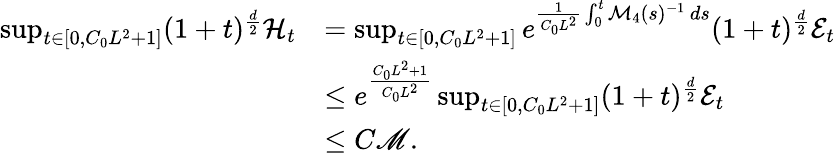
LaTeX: \begin{array}{rl}{\operatorname*{sup}_{t\in[0,C_{0}L^{2}+1]}(1+t)^{\frac{d}{2}}\mathcal{H}_{t}}&{=\operatorname*{sup}_{t\in[0,C_{0}L^{2}+1]}e^{\frac{1}{C_{0}L^{2}}\int_{0}^{t}\mathcal{M}_{4}(s)^{-1}\, ds}(1+t)^{\frac{d}{2}}\mathcal{E}_{t}}\\ &{\leq e^{\frac{C_{0}L^{2}+1}{C_{0}L^{2}}}\operatorname*{sup}_{t\in[0,C_{0}L^{2}+1]}(1+t)^{\frac{d}{2}}\mathcal{E}_{t}}\\ &{\leq C\mathscr{M}.}\end{array}